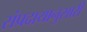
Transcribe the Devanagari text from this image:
संप्रदायानुसारी